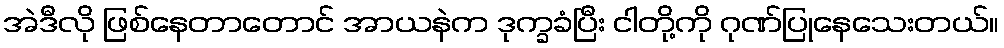
အဲဒီလို ဖြစ်နေတာတောင် အာယနဲက ဒုက္ခခံပြီး ငါတို့ကို ဂုဏ်ပြုနေသေးတယ်။